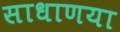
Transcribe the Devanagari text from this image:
साधाणया